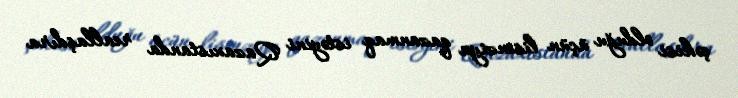
çəkisi olduğu üçün lisenziya qazanmaq istəyini Qazaxıstanda reallaşdıra